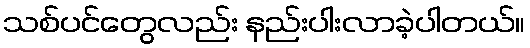
သစ်ပင်တွေလည်း နည်းပါးလာခဲ့ပါတယ်။